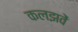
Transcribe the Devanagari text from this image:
कलझवें